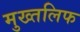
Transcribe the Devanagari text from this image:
मुख्तलिफ